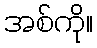
အစ်ကို။